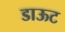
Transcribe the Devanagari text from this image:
डाऊट